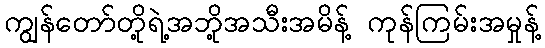
ကျွန်တော်တို့ရဲ့အဘို့အသီးအမိန့် ကုန်ကြမ်းအမှုန့်